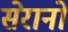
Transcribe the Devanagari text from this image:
सेरानो